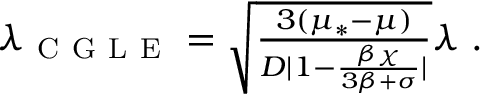
\begin{array} { r } { \lambda _ { \mathrm { ~ C ~ G ~ L ~ E ~ } } = \sqrt { \frac { 3 ( \mu _ { * } - \mu ) } { D | 1 - \frac { \beta \chi } { 3 \beta + \sigma } | } } \lambda \; . } \end{array}